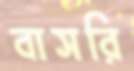
বাসরি